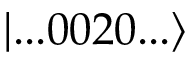
| . . . 0 0 2 0 . . . \rangle